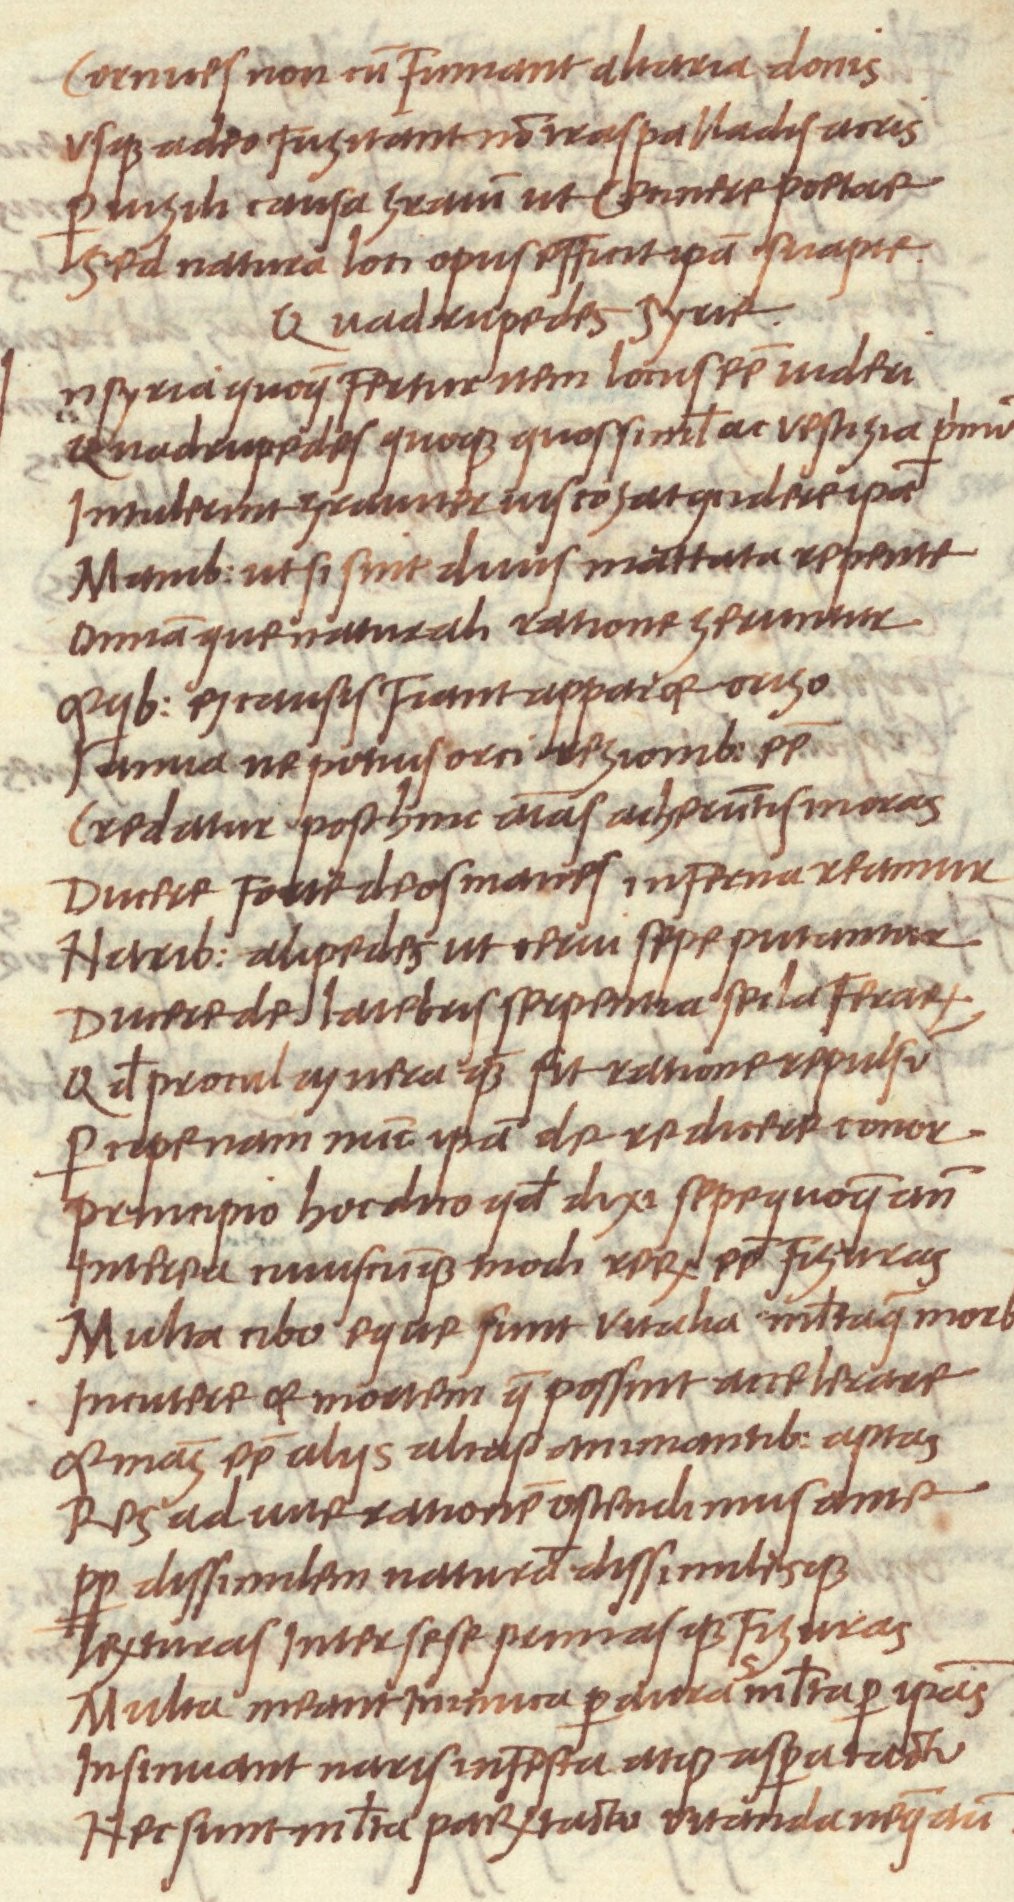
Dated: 1468–1469